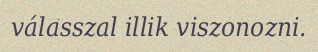
válasszal illik viszonozni.